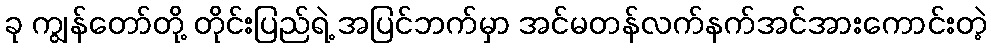
ခု ကျွန်တော်တို့ တိုင်းပြည်ရဲ့ အပြင်ဘက်မှာ အင်မတန်လက်နက်အင်အားကောင်းတဲ့